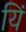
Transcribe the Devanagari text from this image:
यिं